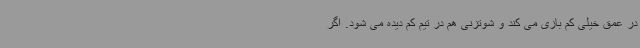
در عمق خیلی کم بازی می کند و شوتزنی هم در تیم کم دیده می شود. اگر